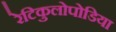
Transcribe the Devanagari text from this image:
रेटिकुलोपोडिया